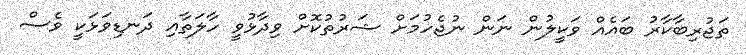
ތަޖުރިބާކާރު ބައެއް ވަކީލުން ނަން ނުޖެހުމަށް ޝަރުތުކޮށް ވިދާޅުވީ ހާލަތާއި ދަނޑިވަޅަކީ ވެސް